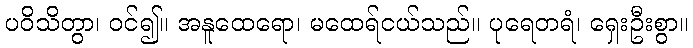
ပဝိသိတွာ၊ ဝင်၍။ အနူထေရော၊ မထေရ်ငယ်သည်။ ပုရေတရံ၊ ရှေးဦးစွာ။